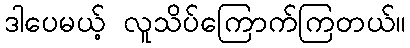
ဒါပေမယ့် လူသိပ်ကြောက်ကြတယ်။